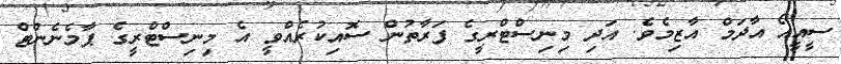
ސީއީއޯ އާދަމް އާޒިމެވެ. އަދި މިނިސްޓްރީގެ ފަރާތުން ސޮއިކުރެއްވީ އެ މިނިސްޓްރީގެ ޕާމެނެންޓް